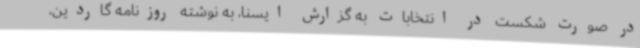
در صورت شکست در انتخابات به گزارش ایسنا، به نوشته روزنامه گاردین،